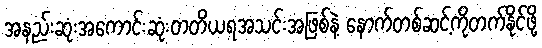
အနည်းဆုံးအကောင်းဆုံးတတိယရအသင်းအဖြစ်နဲ့ နောက်တစ်ဆင့်ကိုတက်နိုင်ဖို့